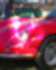
ছ